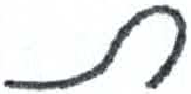
אות: ת